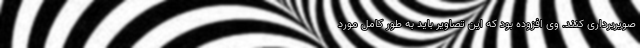
صویربرداری کنند. وی افزوده بود که این تصاویر باید به طور کامل مورد